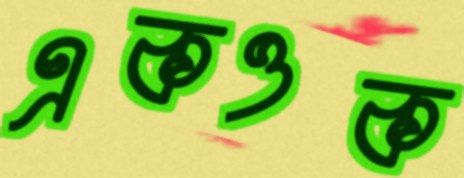
একওক